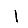
Digit: 1